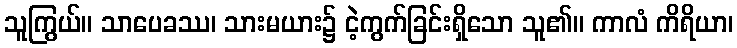
သူကြွယ်။ သာပေခဿ၊ သားမယား၌ ငဲ့ကွက်ခြင်းရှိသော သူ၏။ ကာလံ ကိရိယာ၊